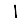
Digit: 1